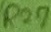
Text: R27